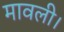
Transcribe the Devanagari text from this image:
मावली।